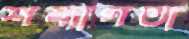
শয্যাগতা